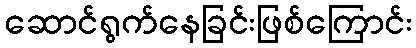
ဆောင်ရွက်နေခြင်းဖြစ်ကြောင်း